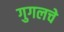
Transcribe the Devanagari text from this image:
गुगलचे